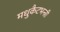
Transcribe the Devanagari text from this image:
मधुकैटभन्त्री